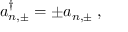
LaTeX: a _ { n , \pm } ^ { \dagger } = \pm a _ { n , \pm } { \; , }